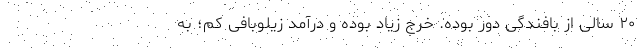
۲۰ سالی از بافندگی دور بوده. خرج زیاد بوده و درآمد زیلوبافی کم؛ به